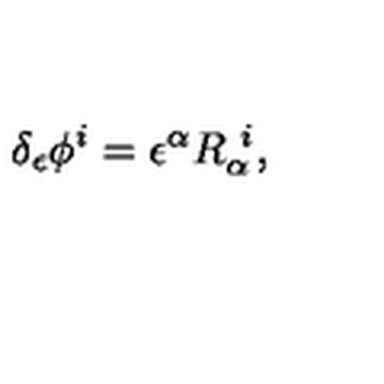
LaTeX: \delta _ { \epsilon } \phi ^ { i } = \epsilon ^ { \alpha } R _ { \alpha } ^ { \ i } ,